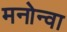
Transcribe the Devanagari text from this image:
मनोन्वा